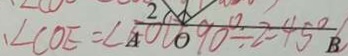
\angle C O E = \angle E O D - 9 0 ^ { \circ } \div 2 = 4 5 ^ { \circ }